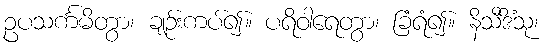
ဥပသင်္ကမိတွာ၊ ချဉ်းကပ်၍။ ပရိဝါရေတွာ၊ ခြံရံ၍။ နိသီဒိံသု၊